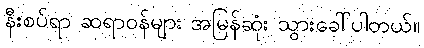
နီးစပ်ရာ ဆရာဝန်များ အမြန်ဆုံး သွားခေါ်ပါတယ်။